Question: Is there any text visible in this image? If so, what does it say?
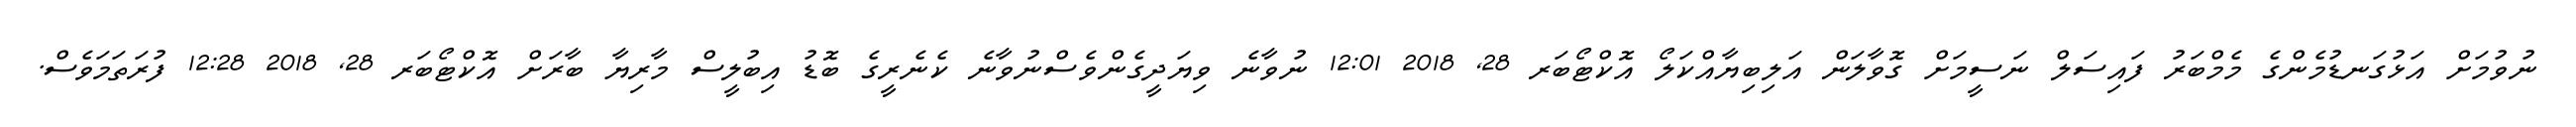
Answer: ނުވުމަށް އަޅުގަނޑުމެންގެ މެމްބަރު ފައިސަލް ނަސީމަށް ގޮވާލަން އަލިބިޔާއްކަލޯ އޮކްޓޯބަރ 28, 2018 12:01 ނުވާނެ ވިޔަދީގެންވެސްނުވާނެ ކެނެރީގެ ބޮޑު އިބުލީސް މާރިޔާ ބާރަށް އޮކްޓޯބަރ 28, 2018 12:28 ފުރަތަމަވެސް.